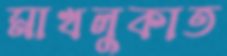
মাখলুকাত